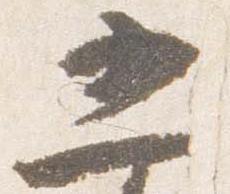
五